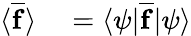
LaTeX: \begin{array}{rl}{\langle\overline{{\mathbf{f}}}\rangle}&{{}=\langle\psi|\overline{{\mathbf{f}}}|\psi\rangle}\end{array}